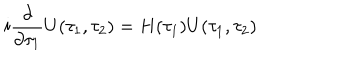
LaTeX: i \frac { \partial } { \partial \tau _ { 1 } } U ( \tau _ { 1 } , \tau _ { 2 } ) = H ( \tau _ { 1 } ) U ( \tau _ { 1 } , \tau _ { 2 } )